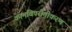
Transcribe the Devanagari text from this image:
कामविपरीतीकरण